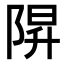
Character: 𨺒